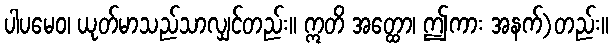
ပါပမေဝ၊ ယုတ်မာသည်သာလျှင်တည်း။ ဣတိ အတ္ထော၊ ဤကား အနက်)တည်း။